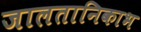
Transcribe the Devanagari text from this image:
जालतानिकाभ